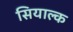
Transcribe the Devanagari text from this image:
सियाल्क